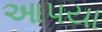
આપયા